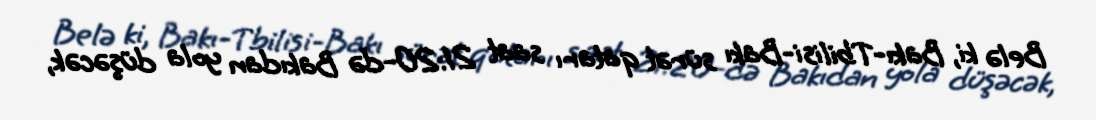
Belə ki, Bakı-Tbilisi-Bakı sürət qatarı saat 21:20-də Bakıdan yola düşəcək,